Vital statistics of India. Vol. V, Reports of 1876 on armies & jails and on epidemic cholera
Year: 1876
Disease focus: Cholera
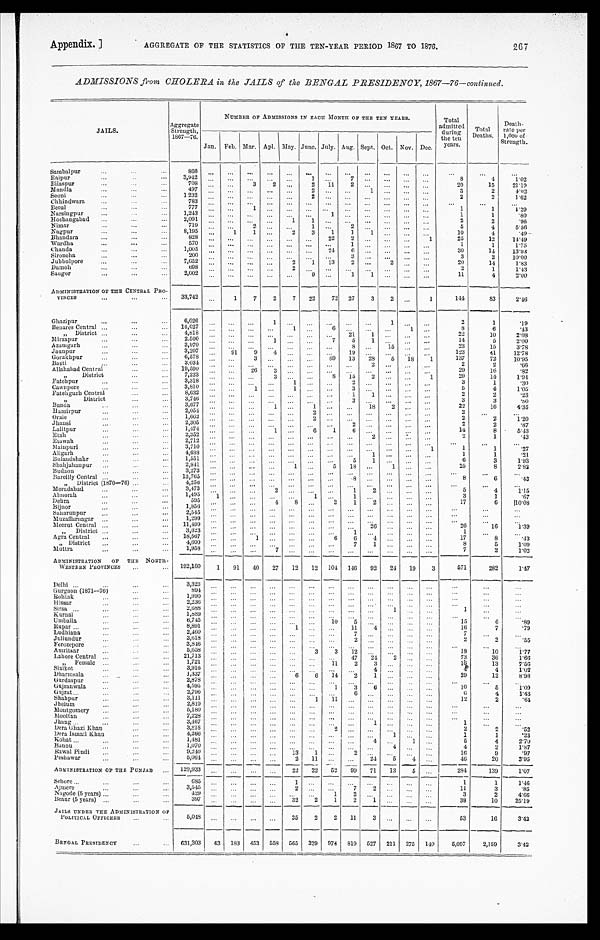
Appendix.]
AGGREGATE OF THE STATISTICS OF THE TEN-YEAR PERIOD 1867 TO 1876.
267
ADMISSIONS from CHOLERA in the JAILS of the BENGAL PRESIDENCY, 1867—76—continued.
JAILS.
Aggregate Strength, 1867—76.
NUMBER OF ADMISSIONS IN EACH MONTH OF THE TEN YEARS.
Total
admitted during
the ten y e a r s .
Total
Deaths.
Death- rate per
1,000 of
Strength.
Jan. Feb. Mar. Apl. May. June. July. Aug. Sept.
O c t .
Nov. Dec.
Sambalpur
866
Raipur
3,942
1
7
8
4
1 . 0 2
Bilaspur
708
3 2
2 11 2
20
15 21.19
Mandla
497
2
1
3
2
4.02
Seoni
1232
2
2
2
1.62
Chhindwara
7 8 3
B e t u l
777
1
1
1
1 . 2 9
N a r s i n g p u r
1,243
1
1
1
. 8 0
Hoshangabad 2,091
1 1
2
2
. 9 6
Nimar
719
2
1
2
5
4
5.56
Nagpur
8,195
1 1
2 3 1 1 1
10
4
. 4 9
Bhandara
828
22
2
1
25
12
14.49
Wardha
570
1
1
1
1.75
Chanda
1 , 0 0 5
24 6
30
1 4
13.93
S i r o n c h a
200
3
3
2
10.00
Jubbulpore
7,652
2 1 13
2
2
20
1 4 1.83
Damoh
6 9 8
2
2
1
1.43
Saugor
2,002
9
1 1
11
4
2.00
ADMINISTRATION OF THE CENTRAL PRO -
VINCES
33,742
1 7 2 7 22 72 27 3 2
1
1 4 4
83
2.46
Ghazipur
6,026
1
1
2
1
. 1 9
Benares Central 14,027
1
6
1
8
6
. 4 3
„ D i s t r i c t
4 , 8 1 8
21 1
22
10
2.08
Mirzapur
2,500
1
7 5 1
1 4
5
2.00
Azamgarh 3,970
8
15
23
15
3.78
Jaunpur
3,207
9 1 9 4
19
123
41 12.78
Gorakhpur
6,578
3
69 13 28 5 18 1
137
72 10.95
Basti
3,034
•
2
2
2
. 6 6
Allahabad Central
19,590
26 3
29
1 6
. 8 2
„ D i s t r i c t
7,223
3
8 1 5
2
1
29
14 1.94
Fatehpur 3,318
1
2
3
1
. 3 0
Cawnpore
3,810
1
1
3
5
4
1.05
Fatehgurh Central 8,632
1 1
2
2
. 2 3
„ D i s t r i c t 3,746
3
3
3
. 8 0
Banda
3,677
1
1
18
2
22
16
4 . 3 5
Hamirpur
2,054
2
2
O r a i e
1,662
2
2
2
1.20
Jhansi 2,305
2
2
2
. 8 7
Lalitpur
1,474
1
6
1 6
14
8
5.43
Etah
2,352
2
2
1
. 4 3
Etawah
2,712
M a i n p u r i
3,710
1
1
1
. 2 7
Aligarh
4,688
1
1
1
. 2 1
Bulandshahr
1 , 5 5 1
5 1
6
3
1.93
Shahjahanpur
2 , 8 4 1
1
5 18
1
25
8
2.82
B u d a o n
3,273
Bareilly Central
13,765
8
8
6
. 4 3
„ D i s t r i c t ( 1 8 7 0 — 7 6 )
4,256
M o r a d a b a d
3,473
2
1 2
5
4
1.15
Almorah
1 , 4 9 5 1
1
1
3
1
. 6 7
Dehra
595
4 8
2 1 2
17
6
1 0 . 0 8
B i j n o r
1,856
Saharunpur 2,545
Muzaffarnagar
1,299
Meerut Central
11,499
2 6
26
16
1.39
„ District
3,623
1
1
Agra Central
„ District
18,567 4,600
1
6 6
7
4 1
17 8
8 5
. 4 3
1.09
Muttra
1,958
7
7
2
1.02
ADMINISTRATION OF THE NORTH-
WESTERNP R O V I N C E S 192,160 1 91 40 27 12 12 104 146 92 24 19 3
571
282
1.47
Delhi
3,323
Gurgaon (1871—76)
894
Rohtak
1,990
H i s s a r
2,236
Sirsa
2 , 6 8 8
1
1
Kurnal
1,889
Umballa
6 , 7 4 5
10 5
15
6
. 8 9
R u p a r
8 , 8 9 1
1
11 4
16
7
. 7 9
Ludhiana
2,460
7
7
Jullundur
3,618
2
2
2
. 5 5
Ferozepore
3,846
A m r i t s a r
5,658
3
3 12
18
10
1.77
Lahore Central
21,713
47 2 4
2
73
36
1.66
„ F e m a l e
1,721
1 1 2 3
1 6
13
7.56
S i a l k o t
3,916
4
4
4
1.02
Dharmsala
1,337
6 6 14 2 1
29
12
8.98
Gurdaspur
2,878
Gujranwala
4,595
1 3 6
10
5
1.09
Gujrat 2,796
6
6
4
1.43
S h a h p u r
3,111
1 11
12
2
. 6 4
Jhelum
2,819
Montgomery
5 , 1 8 0
Mooltan
7 , 2 2 8
Jhang
3,467
1
1
D e r a G h a z i K h a n
3 , 8 1 8
2
2
2
. 5 2
Dera Ismail Khan
4,266
1
1
1
. 2 3
Kohat
1,481
4
1
5
4
2.70
Bannu
1 , 0 7 0
4
4
2
1.87
Rawal Pindi 9,240
13 1
2
16
9
. 9 7
Peshawar
5,064
2 11
24 5 4
46
20
3 . 9 5
ADMINISTRATION OF THE PUNJAB
1 2 9 , 9 3 3
22 22 52 99 71 13 5
284
139
1.07
Sehore
6 8 5
1
1
1
1.46
Ajmere 3,545
2
7 2
11
3
. 8 5
Nagode (5 years)
4 2 9
1 2
3
2
4.66
Beaur (5 years)
3 9 7
32 2 1 2 1
38
10 25.19
JAILS UNDER THE ADMINISTRATION OF
POLITICAL OFFICERS
5,048
35 2 2 11
5 3
16
3.42
BENGAL PRESIDENCY
631,303 63 183
453
5 5 8
565 329 974 819 527 211 275 140 5,097 2,159
3 . 4 2